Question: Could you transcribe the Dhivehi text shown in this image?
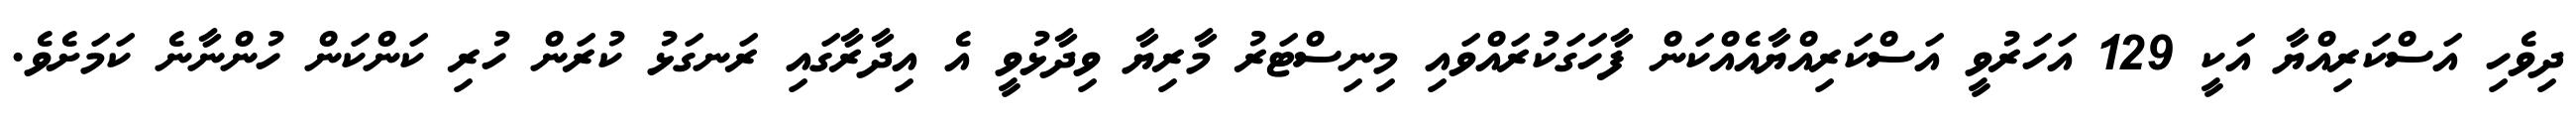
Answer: ދިވެހި އަސްކަރިއްޔާ އަކީ 129 އަހަރުވީ އަސްކަރިއްޔާއެއްކަން ފާހަގަކުރައްވައި މިނިސްޓަރު މާރިޔާ ވިދާޅުވީ އެ އިދާރާގައި ރަނގަޅު ކުރަން ހުރި ކަންކަން ހުންނާނެ ކަމަށެވެ.